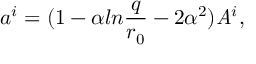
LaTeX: a ^ { i } = ( 1 - \alpha l n { \frac { q } { r _ { 0 } } } - 2 \alpha ^ { 2 } ) { \it A } ^ { i } ,